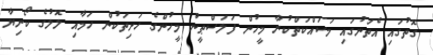
ގޮތުގައި އެތަނުގައި މަސައްކަތްކުރާ މީހުން ފަލަސްޠީނު މީހުންގެ ހަށިތަކުން ހަމާއި ލޮލުގެ ކޯނިޔާ